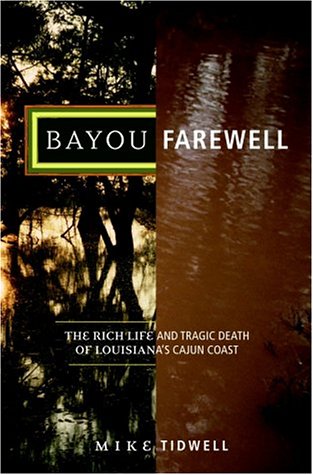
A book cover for Bayou Farewell: The Rich Life and Tragic Death of Louisiana's Cajun Coast; Mike Tidwell; Travel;